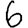
Digit: 6